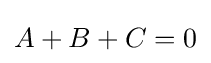
A+B+C=0